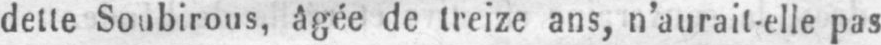
dette Soubirous, âgée de treize ans, n’aurait-elle pas